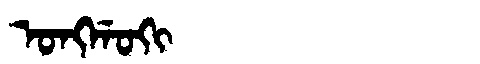
Manchu: ᠣᠩᡤᠣᡴᡳ
Romanization: ONGGOKI